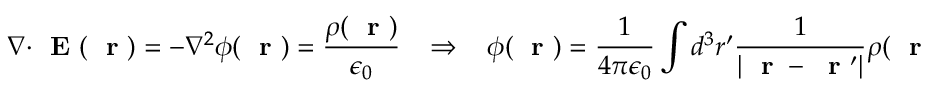
\nabla \cdot \mathrm { ~ \bf ~ E ~ } ( \mathrm { ~ \bf ~ r ~ } ) = - \nabla ^ { 2 } \phi ( \mathrm { ~ \bf ~ r ~ } ) = \frac { \rho ( \mathrm { ~ \bf ~ r ~ } ) } { \epsilon _ { 0 } } \; \; \; \Rightarrow \; \; \; \phi ( \mathrm { ~ \bf ~ r ~ } ) = \frac { 1 } { 4 \pi \epsilon _ { 0 } } \int d ^ { 3 } r ^ { \prime } \frac { 1 } { | \mathrm { ~ \bf ~ r ~ } - \mathrm { ~ \bf ~ r ~ } ^ { \prime } | } \rho ( \mathrm { ~ \bf ~ r ~ } ^ { \prime } )